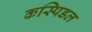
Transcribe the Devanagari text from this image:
कस्पिडल